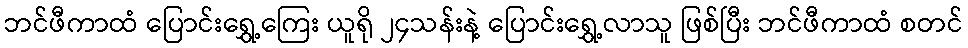
ဘင်ဖီကာထံ ပြောင်းရွှေ့ကြေး ယူရို ၂၄သန်းနဲ့ ပြောင်းရွှေ့လာသူ ဖြစ်ပြီး ဘင်ဖီကာထံ စတင်